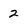
Character: 2